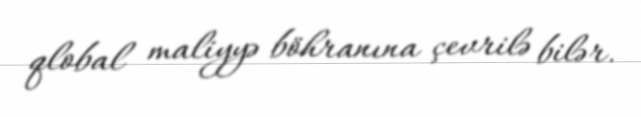
qlobal maliyyə böhranına çevrilə bilər.